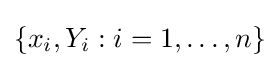
\{x_{i},Y_{i}:i=1,\dots ,n\}